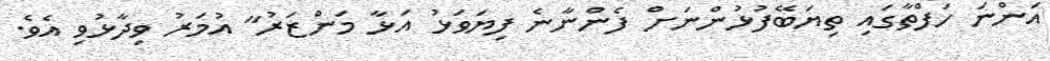
އަންނަ ހަފްތާގައި ތިޔަބޭފުޅުންނަށް ފެންނާނެ ފިޔަވަޅު އަޅާ މަންޒަރު" އުމަރު ވިދާޅުވި އެވެ.